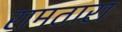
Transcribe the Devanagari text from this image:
रामतारा